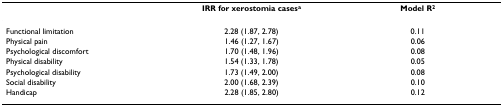
<table><thead><tr><td></td><td><b>IRR for xerostomia cases<sup>a</sup></b></td><td><b>Model R<sup>2</sup></b></td></tr></thead><tbody><tr><td>Functional limitation</td><td>2.28 (1.87, 2.78)</td><td>0.11</td></tr><tr><td>Physical pain</td><td>1.46 (1.27, 1.67)</td><td>0.06</td></tr><tr><td>Psychological discomfort</td><td>1.70 (1.48, 1.96)</td><td>0.08</td></tr><tr><td>Physical disability</td><td>1.54 (1.33, 1.78)</td><td>0.05</td></tr><tr><td>Psychological disability</td><td>1.73 (1.49, 2.00)</td><td>0.08</td></tr><tr><td>Social disability</td><td>2.00 (1.68, 2.39)</td><td>0.10</td></tr><tr><td>Handicap</td><td>2.28 (1.85, 2.80)</td><td>0.12</td></tr></tbody></table>